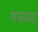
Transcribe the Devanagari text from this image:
गजमद